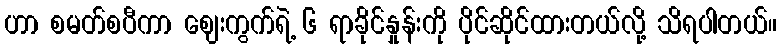
ဟာ စမတ်စပီကာ ဈေးကွက်ရဲ့ ၆ ရာခိုင်နှုန်းကို ပိုင်ဆိုင်ထားတယ်လို့ သိရပါတယ်။